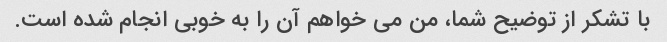
با تشکر از توضیح شما، من می خواهم آن را به خوبی انجام شده است.